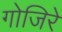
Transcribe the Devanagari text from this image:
गोजिरे